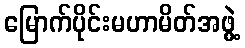
မြောက်ပိုင်းမဟာမိတ်အဖွဲ့